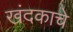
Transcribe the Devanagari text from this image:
खंदकाचे